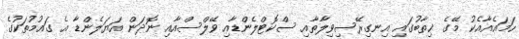
ހަމައެއާއެކު މޭގެ ޚިތާބުގައި އިނގިރޭސިވިލާތާއި ސްކޮޓްލެންޑާއި ވޭލްސްއާއި ނޮދަން އަޔަލެންޑާ އެ ގައުމުތަކުގެ